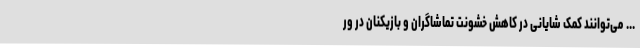
... می‌توانند کمک شایانی در کاهش خشونت تماشاگران و بازیکنان در ور